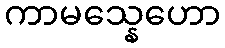
ကာမသ္နေဟော